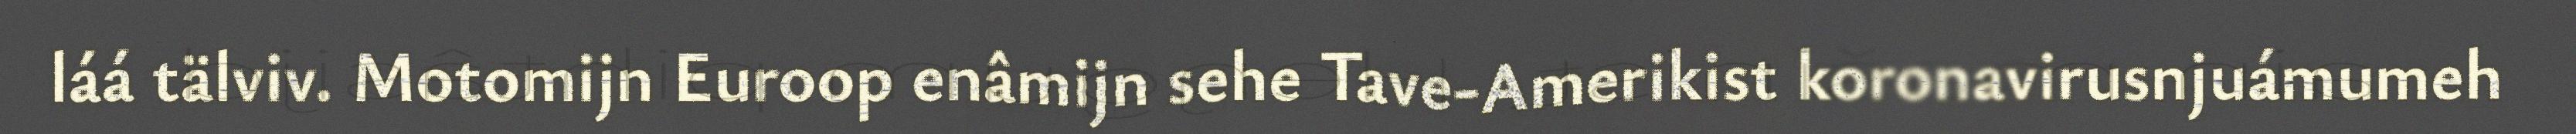
láá tälviv. Motomijn Euroop enâmijn sehe Tave-Amerikist koronavirusnjuámumeh